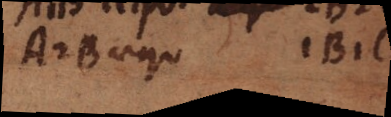
A2B aequ 1B1C